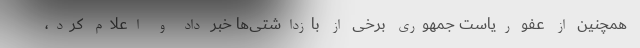
همچنین از عفو ریاست جمهوری برخی از بازداشتی‌ها خبر داد و اعلام کرد،